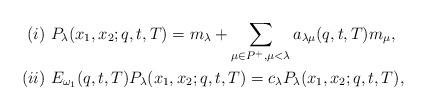
LaTeX: \begin{align*}(i)& \,\,P_\lambda(x_1,x_2;q,t,T)=m_\lambda+\sum_{\mu\in P^+,\mu<\lambda}a_{\lambda\mu}(q,t,T) m_\mu,\\(ii)& \,\,E_{\omega_1}(q,t,T)P_\lambda(x_1,x_2;q,t,T)=c_\lambda P_\lambda(x_1,x_2;q,t,T),\end{align*}